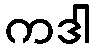
ကဒါ